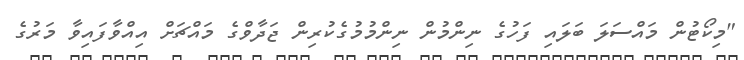
"މިކޯޓުން މައްސަލަ ބަލައި ފަހުގެ ނިންމުން ނިންމުމުގެކުރިން ޖަދާވްގެ މައްޗަށް އިއްވާފައިވާ މަރުގެ